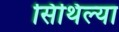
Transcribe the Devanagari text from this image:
सिथिल्या